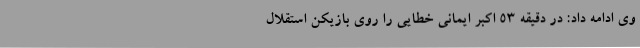
وی ادامه داد: در دقیقه 53 اکبر ایمانی خطایی را روی بازیکن استقلال